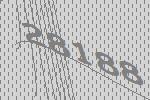
28188